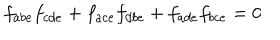
LaTeX: f _ { a b e } f _ { c d e } + f _ { a c e } f _ { d b e } + f _ { a d e } f _ { b c e } = 0